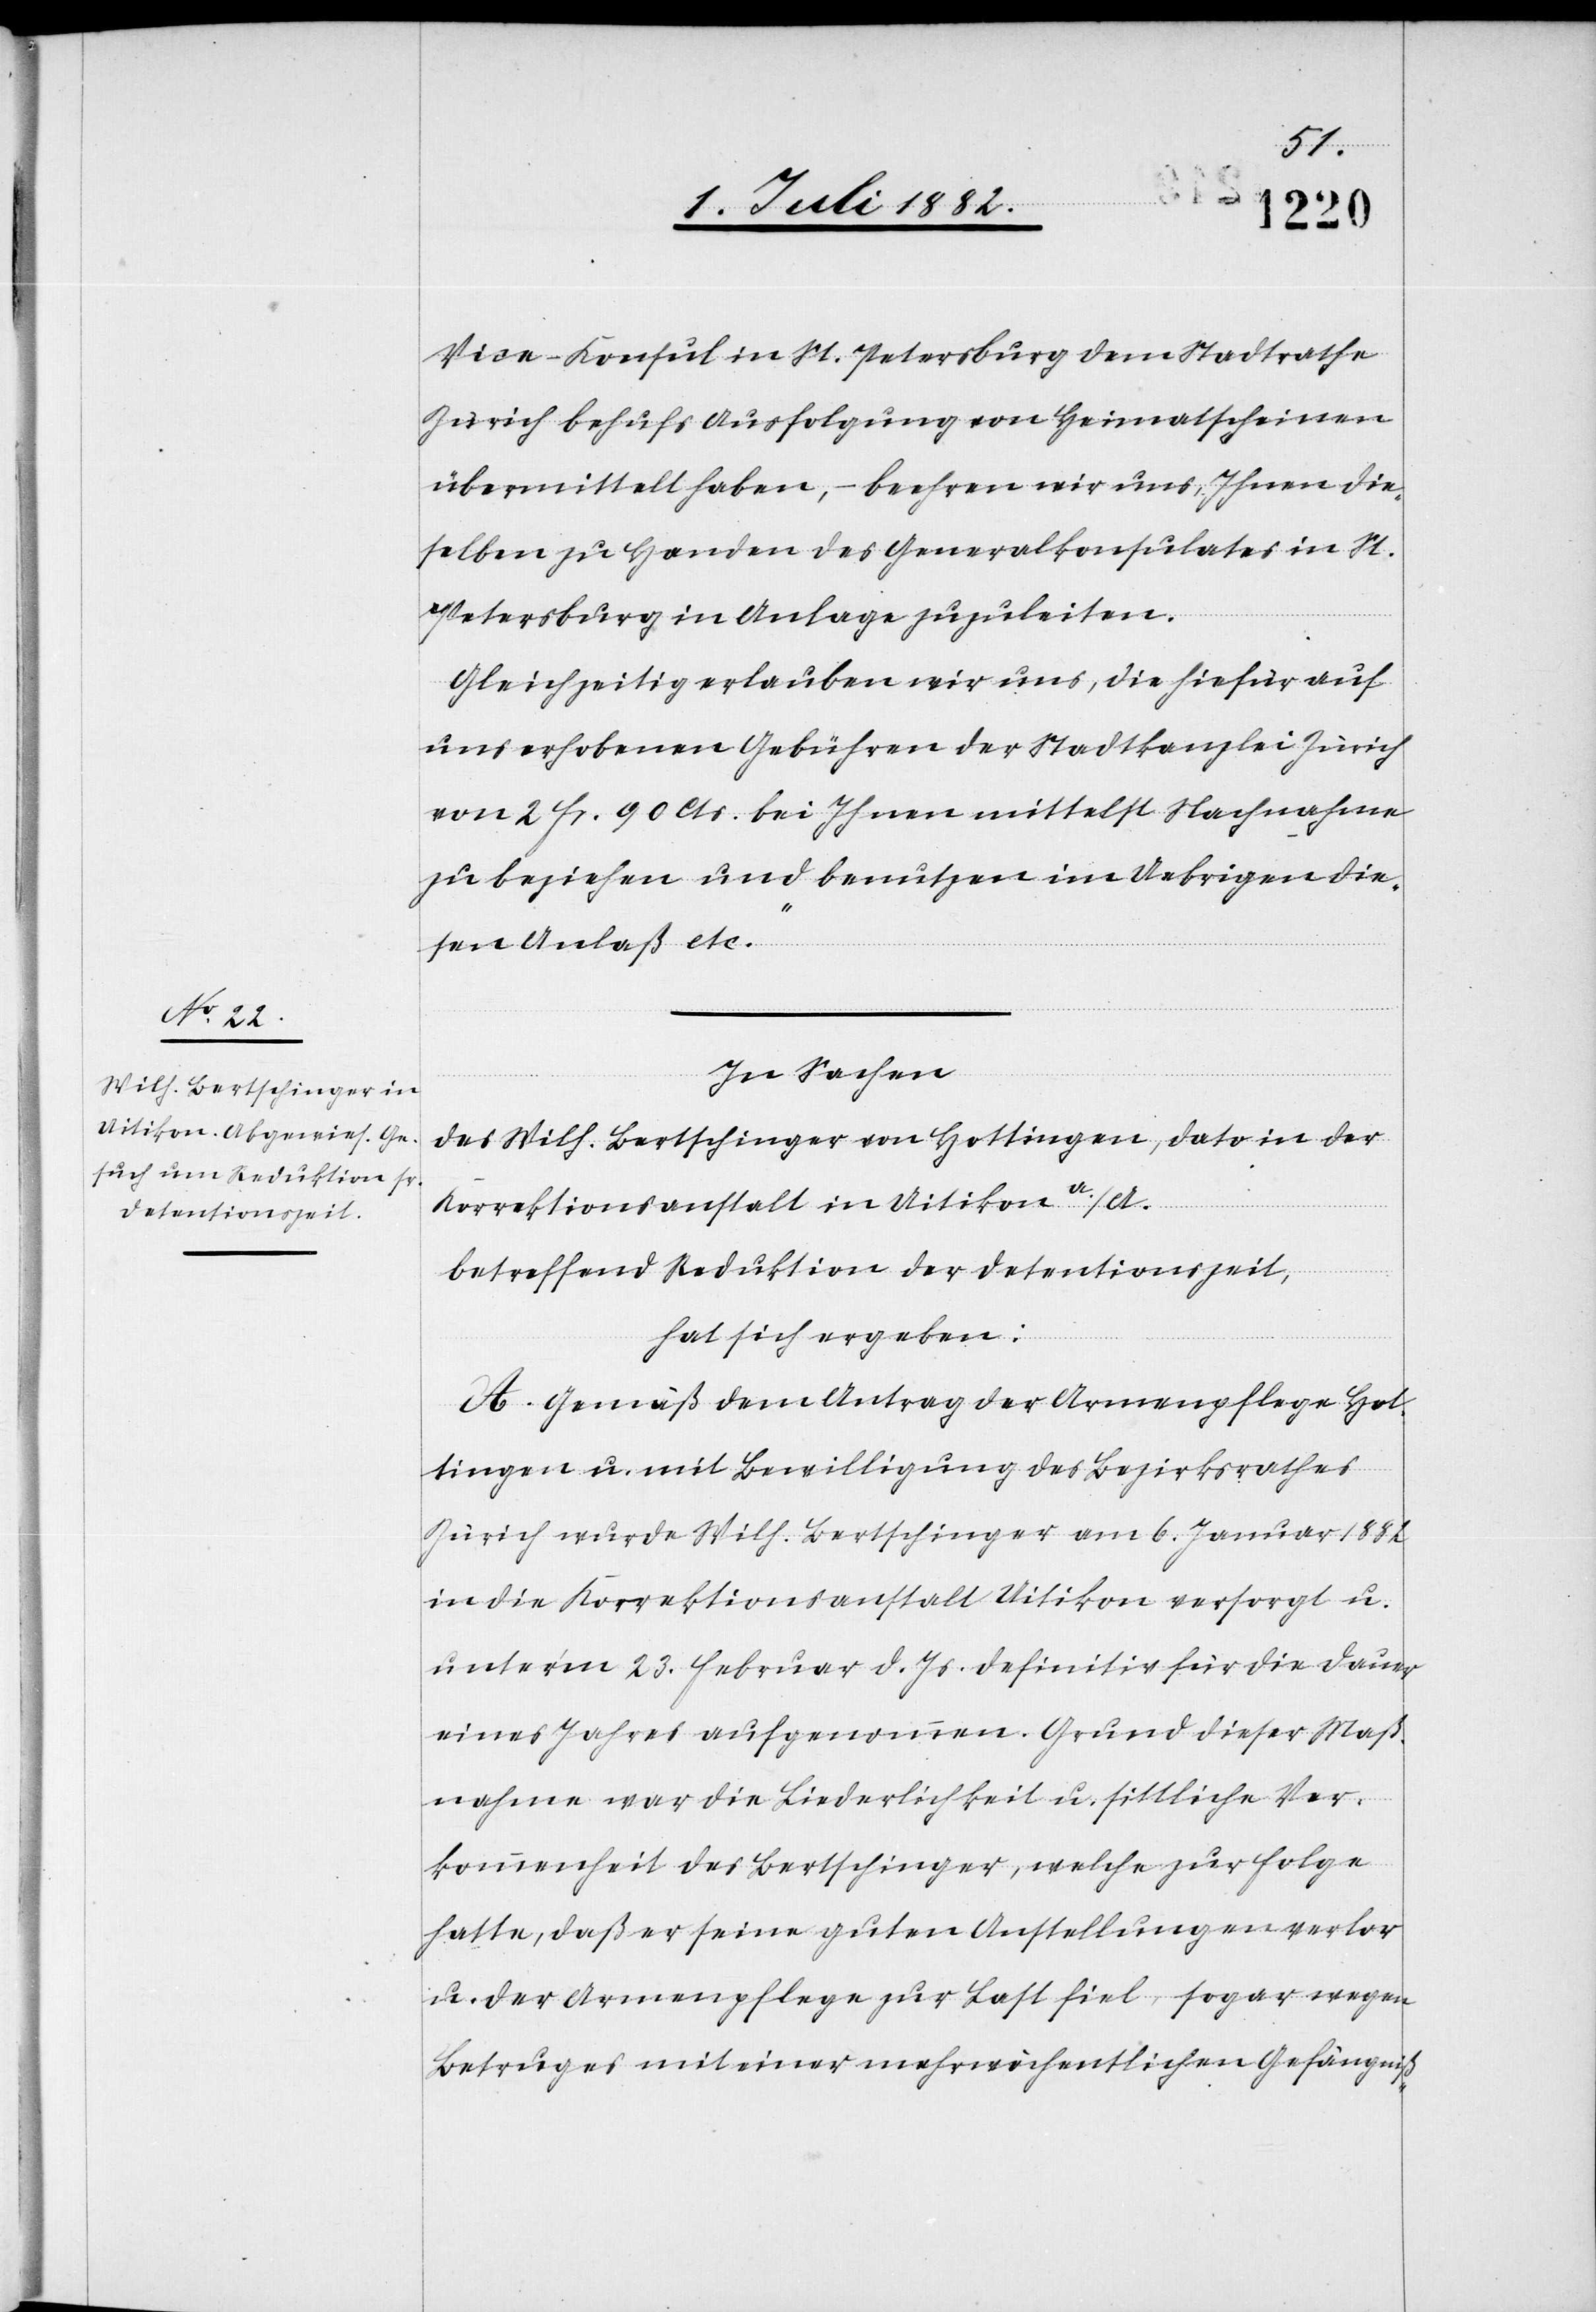
Vice-Konsul in St. Petersburg dem Stadtrathe
Zürich behufs Ausfolgung von Heimatscheinen
übermittelt haben, – beehren wir uns, Ihnen die¬
selben zu Handen des Generalkonsulates in St.
Petersburg in Anlage zuzuleiten.
Gleichzeitig erlauben wir uns, die hiefür auf
uns erhobenen Gebühren der Stadtkanzlei Zürich
von 2 Fr. 90 Cts. bei Ihnen mittelst Nachnahme
zu beziehen und benutzen im Uebrigen die¬
sen Anlaß etc.“
In Sachen
des Wilh. Bertschinger von Hottingen, dato in der
Korrektionsanstalt in Uitikon a./A.
betreffend Reduktion der Detentionszeit,
hat sich ergeben:
A. Gemäß dem Antrag der Armenpflege Hot¬
tingen u. mit Bewilligung des Bezirksrathes
Zürich wurde Wilh. Bertschinger am 6. Januar 1882
in die Korrektionsanstalt Uitikon versorgt u.
unter’m 23. Februar d. Js. definitiv für die Dauer
eines Jahres aufgenommen. Grund dieser Maß¬
nahme war die Liederhaftigkeit u. sittliche Ver¬
kommenheit des Bertschinger, welche zur Folge
hatte, daß er seine guten Anstellungen verlor
u. der Armenpflege zur Last fiel, sogar wegen
Betruges mit einer mehrwöchentlichen Gefängniß-